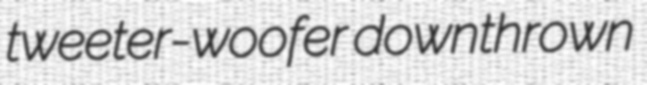
tweeter-woofer downthrown